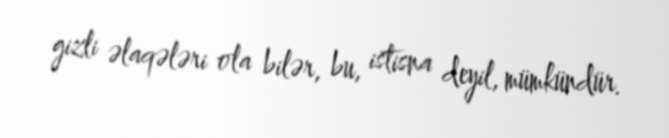
gizli əlaqələri ola bilər, bu, istisna deyil, mümkündür.